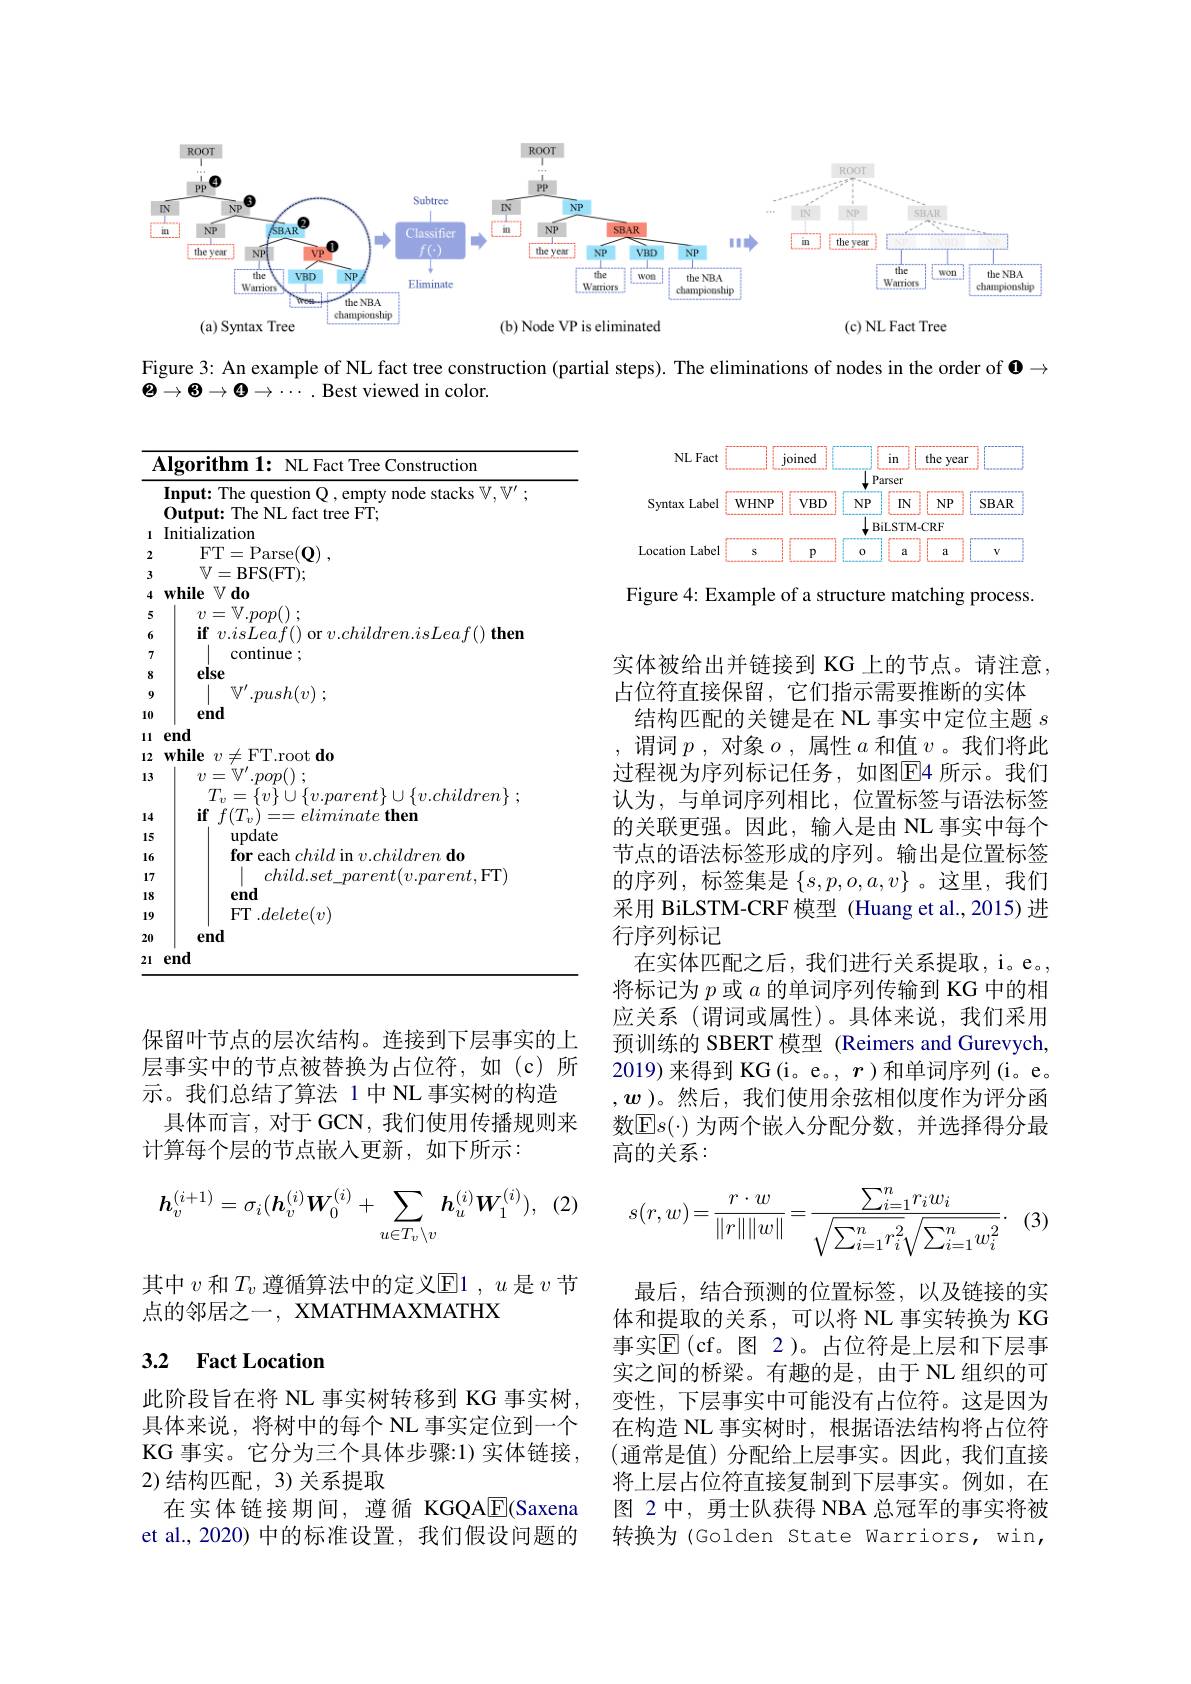
<FigureHere>

Figure 3: An example of NL fact tree construction (partial steps). The eliminations of nodes in the order of $\mathbf{0}\to$

$\Theta\to\Theta\to\Theta\to\cdots.$Best viewed in color.

<FigureHere>

Figure 4: Example of a structure matching process

<table>
	<tbody>
		<tr>
			<td> </td>
			<td>Algorithm 1: NL Fact Tree Construction Input: The question Q , empty node stacks $\mathbb{V},\mathbb{V}^\prime$ Output: The NL fact tree FT;</td>
		</tr>
		<tr>
			<td>$f$</td>
			<td>Algorithm 1: NL Fact Tree Construction</td>
		</tr>
		<tr>
			<td> </td>
			<td>Input: The question Q , empty node stacks $\mathbb{V},\mathbb{V}^\prime$ Output: The NL fact tree FT;</td>
		</tr>
		<tr>
			<td>2</td>
			<td>$H$ 二 $a\Upsilon\varsigma$</td>
		</tr>
		<tr>
			<td>3</td>
			<td>一 $BFS(FT);$</td>
		</tr>
		<tr>
			<td>5 6 7</td>
			<td>$v= \mathbb{V} . pop( )$ ; $\textbf{if}$ $v. isLeaf( )$ or $v. children. isLeaf( ) \textbf{then}$ continue:</td>
		</tr>
		<tr>
			<td>3</td>
			<td>$v= \mathbb{V} ^{\prime }. pop( )$ ; $T_{v}= \{ v\} \cup \{ v. parent\} \cup \{ v. children\}$ ;</td>
		</tr>
		<tr>
			<td>$S$ 4</td>
			<td>$\cdot pw\mu$ $T_{v}= \{ v\} \cup \{ v. parent\} \cup \{ v. children\}$ ; $\textbf{if}f( T_{v}) = = eliminate\textbf{then}$</td>
		</tr>
		<tr>
			<td>0</td>
			<td>end</td>
		</tr>
		<tr>
			<td>1</td>
			<td>end</td>
		</tr>
	</tbody>
</table>

实体被给出并链接到 KG 上的节点。请注意，
占位符直接保留，它们指示需要推断的实体
结构匹配的关键是在 NL 事实中定位主题$s$ ,谓词$p$,对象$o$,属性$a$和值$v$。我们将此过程视为序列标记任务，如图$\overline{\mathrm{E}}$4 所示。我们认为，与单词序列相比，位置标签与语法标签的关联更强。因此，输入是由 NL 事实中每个节点的语法标签形成的序列。输出是位置标签的序列，标签集是$\left\{s,p,o,a,v\right\}$。这里，我们采用 BiLSTM-CRF 模型 (Huang et al.,2015) 进行序列标记
在实体匹配之后，我们进行关系提取，i。e。, 将标记为$p$或$a$的单词序列传输到 KG 中的相应关系 (谓词或属性)。具体来说，我们采用预训练的 SBERT 模型 (Reimers and Gurevych, 2019)来得到 KG(i。e。, $r$ )和单词序列(i。e。$,\boldsymbol{w}$ )。然后，我们使用余弦相似度作为评分函数$\mathbb{E}s(\cdot)$ 为两个嵌人分配分数，并选择得分最高的关系：

保留叶节点的层次结构。连接到下层事实的上层事实中的节点被替换为占位符，如(c)所示。我们总结了算法 1 中 NL 事实树的构造
具体而言，对于GCN，我们使用传播规则来
计算每个层的节点嵌入更新，如下所示：
$$\boldsymbol{h}_{v}^{(i+1)}=\sigma_{i}(\boldsymbol{h}_{v}^{(i)}\boldsymbol{W}_{0}^{(i)}+\sum_{u\in T_{v}\setminus v}\boldsymbol{h}_{u}^{(i)}\boldsymbol{W}_{1}^{(i)}),\:(2)\quad s(r,w)=\frac{r\cdot w}{\|r\|\|w\|}=\frac{\sum_{i=1}^{n}r_{i}w_{i}}{\sqrt{\sum_{i=1}^{n}r_{i}^{2}\sqrt{\sum_{i=1}^{n}w_{i}^{2}}}}.$$
其中$v$和$T_v$遵循算法中的定义E1 , $u$是$v$节
点的邻居之一，XMATHMAXMATHX

(3)

## 3.2 Fact Location

最后，结合预测的位置标签，以及链接的实体和提取的关系，可以将 NL 事实转换为 KG 事实$\mathbb{E}($cf。图 2)。占位符是上层和下层事实之间的桥梁。有趣的是，由于 NL 组织的可变性，下层事实中可能没有占位符。这是因为在构造 NL 事实树时，根据语法结构将占位符(通常是值)分配给上层事实。因此，我们直接将上层占位符直接复制到下层事实。例如，在图 2 中，勇士队获得 NBA 总冠军的事实将被转换为(Golden State Warriors, win,

此阶段旨在将 NL 事实树转移到 KG 事实树， 具体来说，将树中的每个 NL 事实定位到一个KG 事实。它分为三个具体步骤：1) 实体链接， 2)结构匹配，3) 关系提取
在实体链接期间，遵循 KGQAE(Saxena et al.,2020) 中的标准设置，我们假设问题的